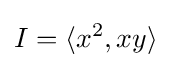
I=\langle x^{2},xy\rangle